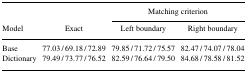
<table><thead><tr><td rowspan="2"><b>Model</b></td><td rowspan="2"><b>Exact</b></td><td colspan="2"><b>Matching criterion</b></td></tr><tr><td><b>Left boundary</b></td><td><b>Right boundary</b></td></tr></thead><tbody><tr><td>Base</td><td>77.03 / 69.18 / 72.89</td><td>79.85 / 71.72 / 75.57</td><td>82.47 / 74.07 / 78.04</td></tr><tr><td>Dictionary</td><td>79.49 / 73.77 / 76.52</td><td>82.59 / 76.64 / 79.50</td><td>84.68 / 78.58 / 81.52</td></tr></tbody></table>